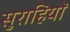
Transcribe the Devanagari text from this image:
सुराहियों